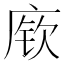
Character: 𫷷